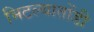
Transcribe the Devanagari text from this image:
मिटल्यातोंडी